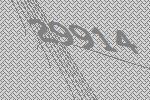
29914